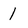
Character: 1